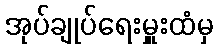
အုပ်ချုပ်ရေးမှူးထံမှ